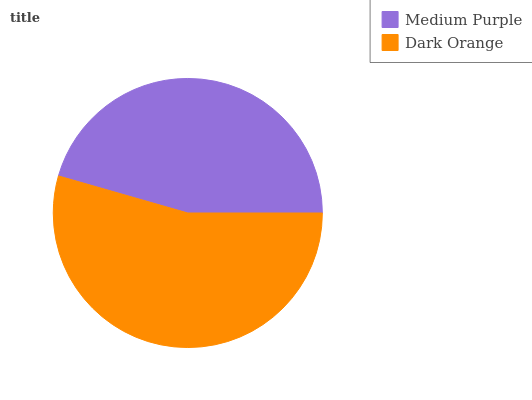
| Medium Purple | Dark Orange |
 | --- | --- |
 | 45.5% | 54.5% |